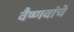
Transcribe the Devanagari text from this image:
वैष्णवांचे